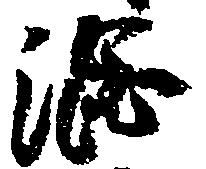
渋